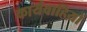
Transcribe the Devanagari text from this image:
कार्यवाहिय़ों